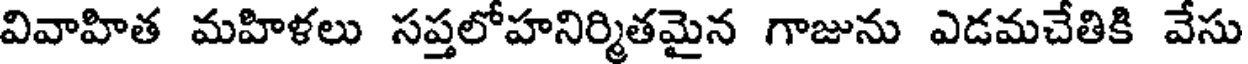
వివాహిత మహిళలు సప్తలోహనిర్మితమైన గాజును ఎడమచేతికి వేసు